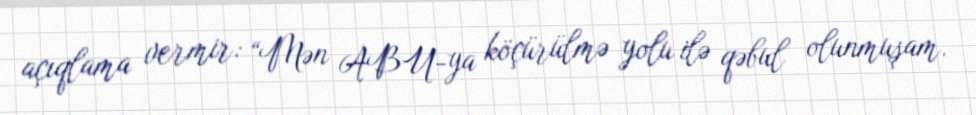
açıqlama vermir: “Mən ABU-ya köçürülmə yolu ilə qəbul olunmuşam.